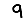
Digit: 9